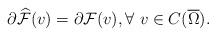
LaTeX: \begin{align*} \partial\widehat{\mathcal{F}}(v)=\partial\mathcal{F}(v),\forall\ v\in C(\overline{\Omega}).\end{align*}